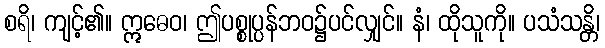
စရိ၊ ကျင့်၏။ ဣဓေဝ၊ ဤပစ္စုပ္ပန်ဘဝ၌ပင်လျှင်။ နံ၊ ထိုသူကို။ ပသံသန္တိ၊